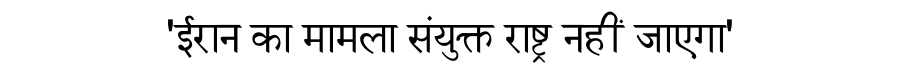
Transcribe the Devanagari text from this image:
'ईरान का मामला संयुक्त राष्ट्र नहीं जाएगा'